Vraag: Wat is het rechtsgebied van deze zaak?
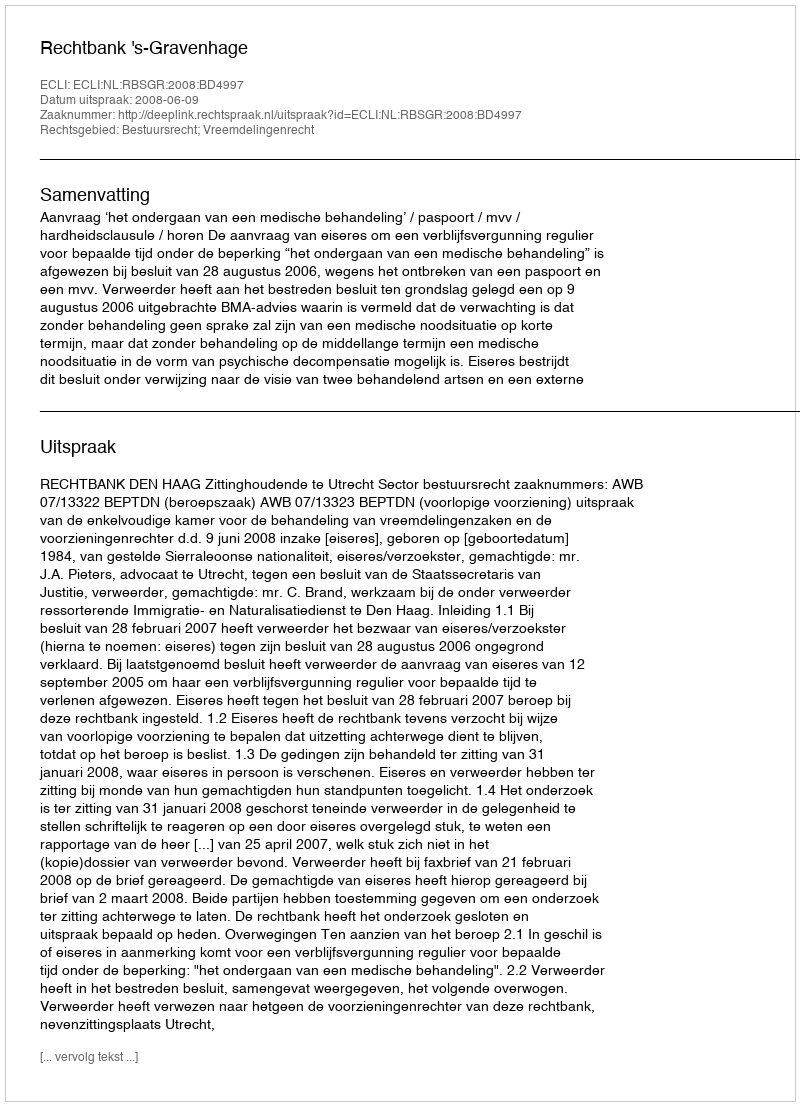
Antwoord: Bestuursrecht; Vreemdelingenrecht